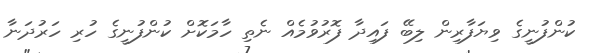
ކުންފުނީގެ ވިޔަފާރިން ލިބޭ ފައިދާ ފޮރުވުމެއް ނެތި ހާމަކޮށް ކުންފުނީގެ ހުރި ހަރުދަނާ